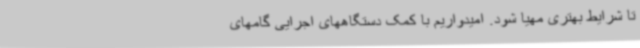
تا شرایط بهتری مهیا شود. امیدواریم با کمک دستگاههای اجرایی گامهای